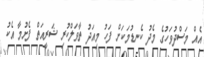
އެއް މަސްދުވަހުގެ މެދު ކެނޑުމަކަށް ފަހު މިއަދު ތާވަލްކުރި ޝަރީއަތް ފެށުމާ އެކު